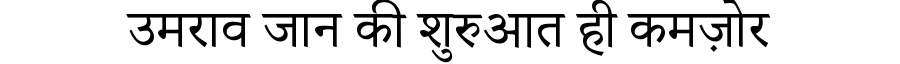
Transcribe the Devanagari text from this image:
उमराव जान की शुरुआत ही कमज़ोर